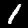
Digit: 1